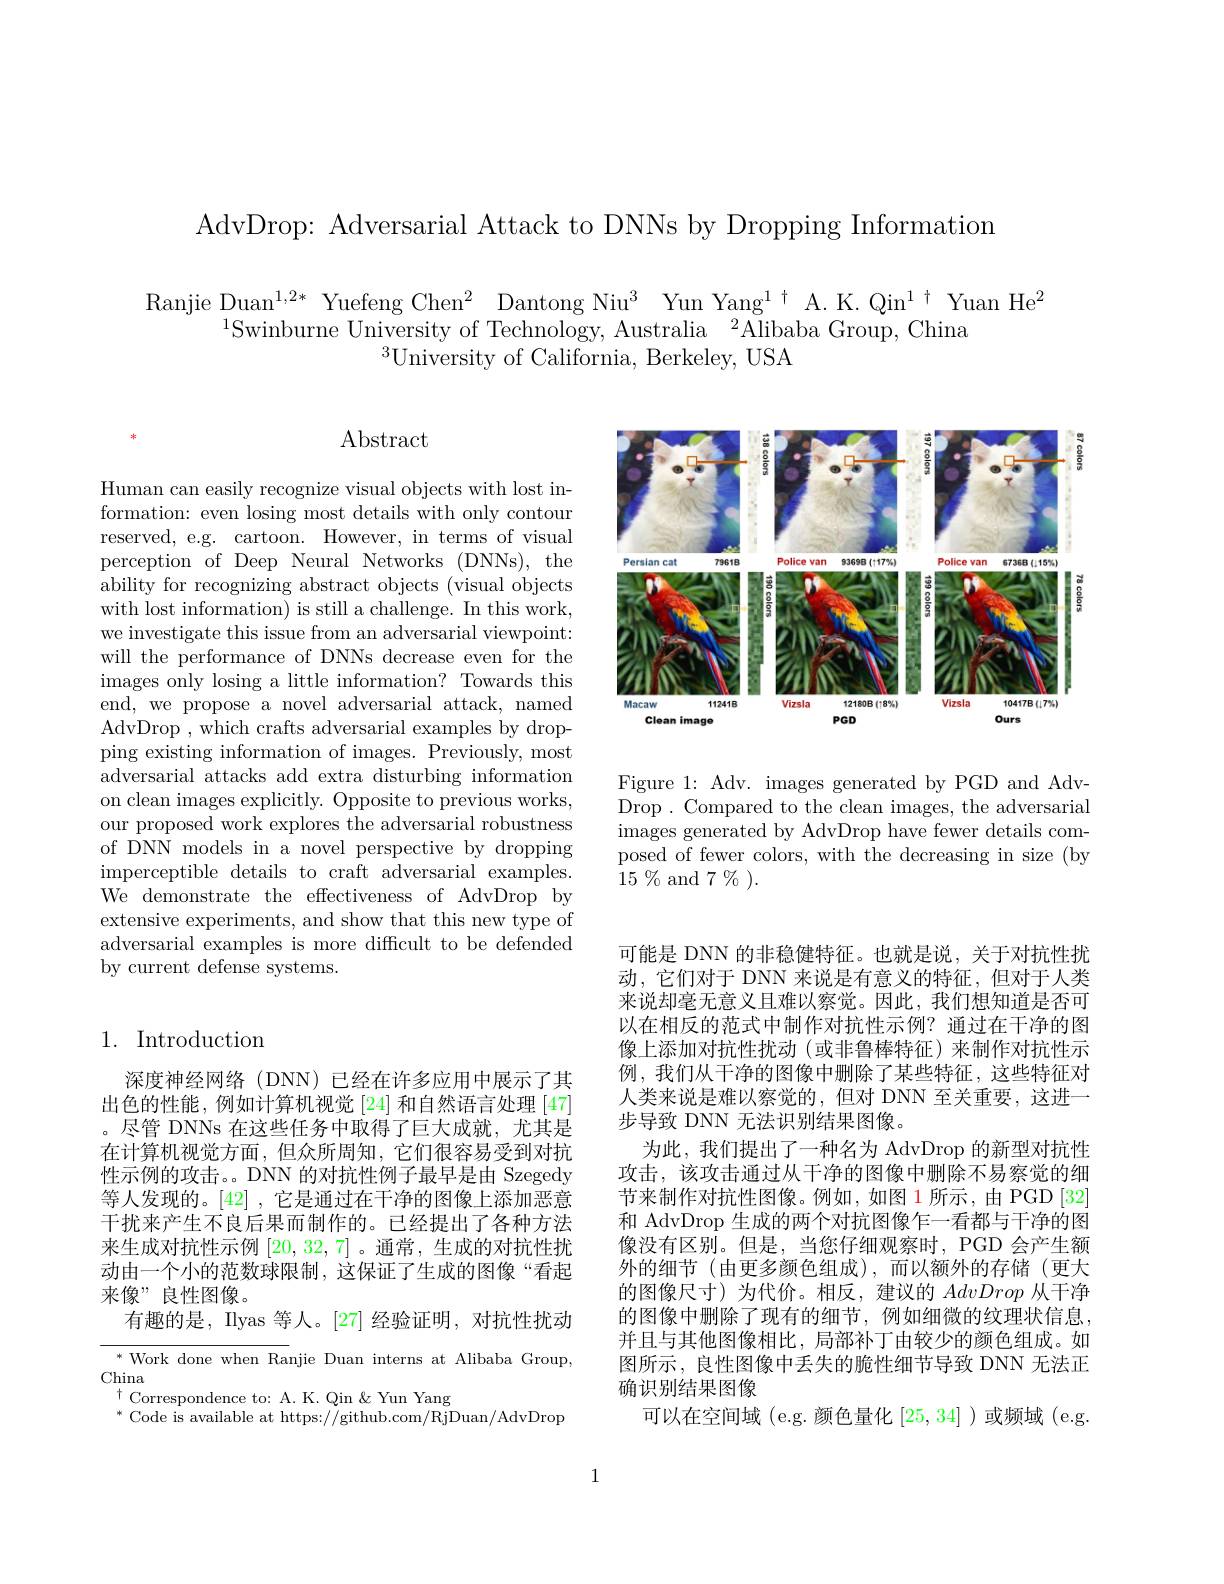
AdvDrop: Adversarial Attack to DNNs by Dropping Information

$\begin{array}{c}{\mathrm{Ranjie~Duan}^{1,2*}\text{ Yuefeng Chen}^{2}\text{ Dantong Niu}^{3}\text{ Yun Yang}^{1\dagger}\text{ A.K.Qin}^{1\dagger}\text{Yuan He}^{2}}\\{{}}\\{}\\{}\text{}\text{Swinburne University of Technology, Australia}\end{array}$
$^{3}$University of California, Berkeley, USA

# $\operatorname{Abstract}$

Human can easily recognize visual objects with lost information: even losing most details with only contour reserved, e.g. cartoon. However, in terms of visual perception of Deep Neural Networks (DNNs), the ability for recognizing abstract objects (visual objects with lost information) is still a challenge. In this work, we investigate this issue from an adversarial viewpoint: will the performance of DNNs decrease even for the ${\dot{\text{images only losing a little information? Towards this}}}$ end, we propose a novel adversarial attack, named AdvDrop , which crafts adversarial examples by dropping existing information of images. Previously, most adversarial attacks add extra disturbing information on clean images explicitly. Opposite to previous works, our proposed work explores the adversarial robustness of DNN models in a novel perspective by dropping imperceptible details to craft adversarial examples. We demonstrate the effectiveness of AdvDrop by extensive experiments, and show that this new type of adversarial examples is more difficult to be defended by current defense systems.

## 1. Introduction

深度神经网络(DNN)已经在许多应用中展示了其出色的性能，例如计算机视觉[24] 和自然语言处理 [47] 。尽管 DNNs 在这些任务中取得了巨大成就，尤其是在计算机视觉方面，但众所周知，它们很容易受到对抗性示例的攻击。DNN 的对抗性例子最早是由 Szegedy 等人发现的。[42] ,它是通过在干净的图像上添加恶意干扰来产生不良后果而制作的。已经提出了各种方法来生成对抗性示例[20,32,7]。通常，生成的对抗性扰动由一个小的范数球限制，这保证了生成的图像“看起来像”良性图像。
有趣的是，Ilyas 等人。[27] 经验证明，对抗性扰动

${^*\text{ Work done when Ra}}$njie Duan interns at Alibaba Group,
China
$^{\dagger}$Correspondence to: A.K. Qin &Yun Yang
$^{*}$ Code is available at https://github.com/RjDuan/AdvDrop

<FigureHere>

Figure 1: Adv. images generated by PGD and AdvDrop. Compared to the clean images, the adversarial images generated by AdvDrop have fewer details composed of fewer colors, with the decreasing in size (by $15\%$ and $7\%).$

可能是 DNN 的非稳健特征。也就是说，关于对抗性扰动，它们对于 DNN 来说是有意义的特征，但对于人类来说却毫无意义且难以察觉。因此，我们想知道是否可以在相反的范式中制作对抗性示例？通过在干净的图像上添加对抗性扰动(或非鲁棒特征)来制作对抗性示例，我们从干净的图像中删除了某些特征，这些特征对人类来说是难以察觉的，但对 DNN 至关重要，这进一步导致 DNN 无法识别结果图像。
为此，我们提出了一种名为 AdvDrop 的新型对抗性攻击，该攻击通过从干净的图像中删除不易察觉的细节来制作对抗性图像。例如，如图 1所示，由 PGD [32] 和 AdvDrop 生成的两个对抗图像乍一看都与干净的图像没有区别。但是，当您仔细观察时，PGD 会产生额外的细节(由更多颜色组成),而以额外的存储(更大的图像尺寸)为代价。相反，建议的AdvDrop从干净的图像中删除了现有的细节，例如细微的纹理状信息， 并且与其他图像相比，局部补丁由较少的颜色组成。如图所示，良性图像中丢失的脆性细节导致 DNN 无法正确识别结果图像
可以在空间域 (e.g. 颜色量化[25,34] )或频域 (e.g.

1